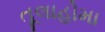
તૂલાહોમા